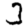
Digit: 3